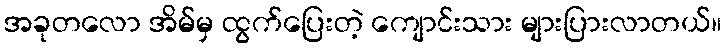
အခုတလော အိမ်မှ ထွက်ပြေးတဲ့ ကျောင်းသား များပြားလာတယ်။